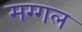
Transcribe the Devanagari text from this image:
मग्गल